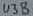
Text: U3B